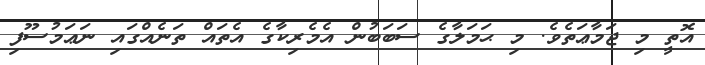
އޮތީ މި ޖަމާޢަތެވެ. މި ޙަމަލާގެ ސަބަބުން އެމެރިކާގެ އެތައް ތަނެއްގައި ނަޢަމުސޫފި